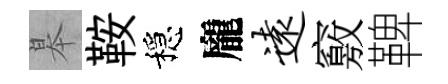
皋鞍穩龐远竅鞞